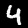
Label: 4